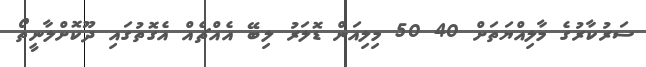
ސަރުކާރުގެ މާލިއްޔަތަށް 40 50 މިލިއަން ޑޮލަރު ލިބޭ އެއްޗެއް އެގޮތުގައި ދޫކޮށްލާނީތޯ